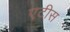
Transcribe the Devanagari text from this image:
एटीस